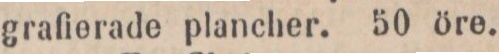
grafierade plancher. 50 öre.